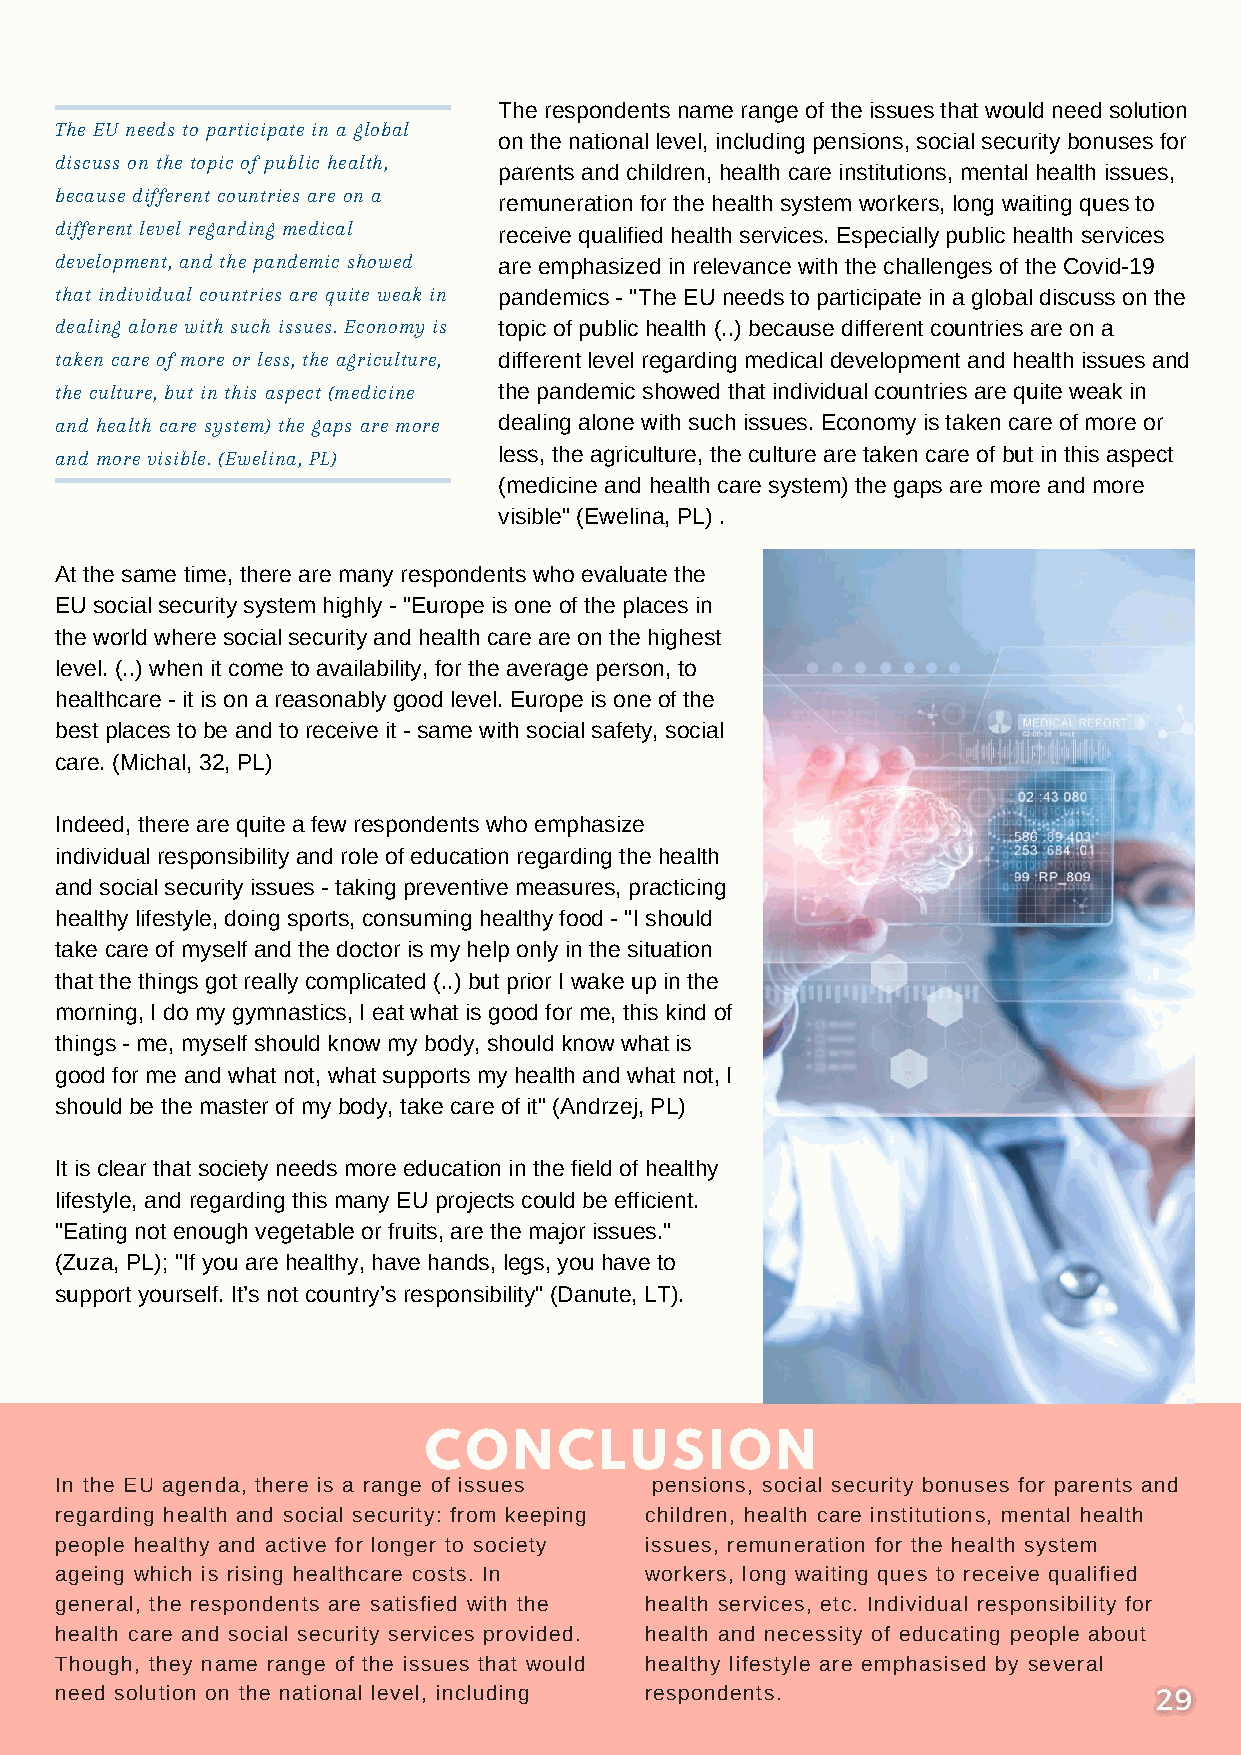
The respondents name range of the issues that would need solution
 The EU needs to participate in a global
 on the national level, including pensions, social security bonuses for
 discuss on the topic of public health,
 parents and children, health care institutions, mental health issues,
 because different countries are on a
 remuneration for the health system workers, long waiting ques to
 different level regarding medical receive qualified health services. Especially public health services
 development, and the pandemic showed are emphasized in relevance with the challenges of the Covid-19
 that individual countries are quite weak in pandemics - "The EU needs to participate in a global discuss on the
 dealing alone with such issues. Economy is topic of public health (..) because different countries are on a
 taken care of more or less, the agriculture, different level regarding medical development and health issues and
 the culture, but in this aspect (medicine the pandemic showed that individual countries are quite weak in
 and health care system) the gaps are more dealing alone with such issues. Economy is taken care of more or
 and more visible. (Ewelina, PL) less, the agriculture, the culture are taken care of but in this aspect
 (medicine and health care system) the gaps are more and more
 visible" (Ewelina, PL) .
 At the same time, there are many respondents who evaluate the
 EU social security system highly - "Europe is one of the places in
 the world where social security and health care are on the highest
 level. (..) when it come to availability, for the average person, to
 healthcare - it is on a reasonably good level. Europe is one of the
 best places to be and to receive it - same with social safety, social
 care. (Michal, 32, PL)
 Indeed, there are quite a few respondents who emphasize
 individual responsibility and role of education regarding the health
 and social security issues - taking preventive measures, practicing
 healthy lifestyle, doing sports, consuming healthy food - "I should
 take care of myself and the doctor is my help only in the situation
 that the things got really complicated (..) but prior I wake up in the
 morning, I do my gymnastics, I eat what is good for me, this kind of
 things - me, myself should know my body, should know what is
 good for me and what not, what supports my health and what not, I
 should be the master of my body, take care of it" (Andrzej, PL)
 It is clear that society needs more education in the field of healthy
 lifestyle, and regarding this many EU projects could be efficient.
 "Eating not enough vegetable or fruits, are the major issues."
 (Zuza, PL); "If you are healthy, have hands, legs, you have to
 support yourself. It’s not country’s responsibility" (Danute, LT).
 CONCLUSION
 In the EU agenda, there is a range of issues pensions, social security bonuses for parents and
 regarding health and social security: from keeping children, health care institutions, mental health
 people healthy and active for longer to society issues, remuneration for the health system
 ageing which is rising healthcare costs. In workers, long waiting ques to receive qualified
 general, the respondents are satisfied with the health services, etc. Individual responsibility for
 health care and social security services provided. health and necessity of educating people about
 Though, they name range of the issues that would healthy lifestyle are emphasised by several
 need solution on the national level, including respondents.